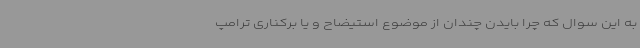
به این سوال که چرا بایدن چندان از موضوع استیضاح و یا برکناری ترامپ